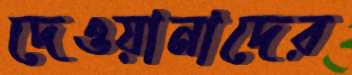
দেওয়ানাদের